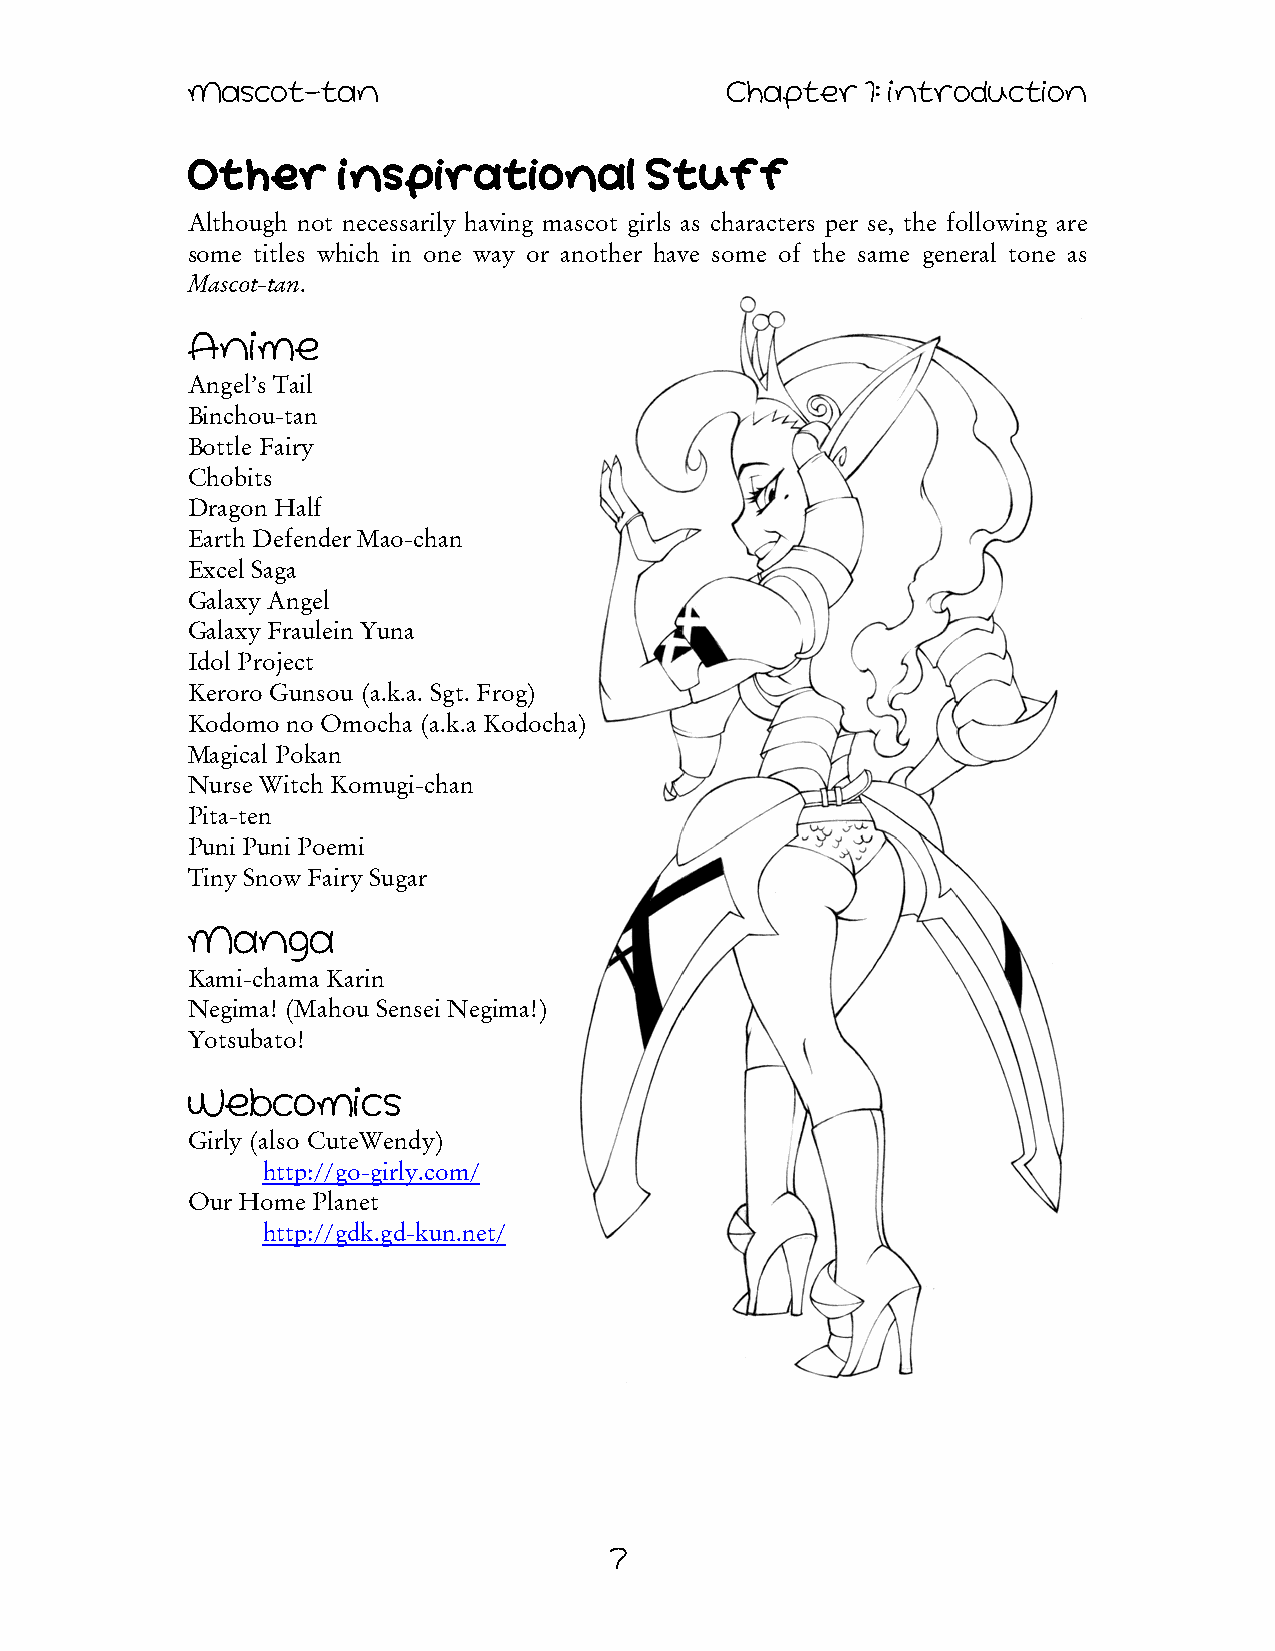
Mascot-tan                          Chapter  1: Introduction
 Other     Inspirational        Stuff
 Although not necessarily having mascot girls as characters per se, the following are
 some titles which in one way or another have some of the same general tone as
 Mascot-tan.
 Anime
 Angel’s Tail
 Binchou-tan
 Bottle Fairy
 Chobits
 Dragon Half
 Earth Defender Mao-chan
 Excel Saga
 Galaxy Angel
 Galaxy Fraulein Yuna
 Idol Project
 Keroro Gunsou (a.k.a. Sgt. Frog)
 Kodomo no Omocha (a.k.a Kodocha)
 Magical Pokan
 Nurse Witch Komugi-chan
 Pita-ten
 Puni Puni Poemi
 Tiny Snow Fairy Sugar
 Manga
 Kami-chama Karin
 Negima! (Mahou Sensei Negima!)
 Yotsubato!
 Webcomics
 Girly (also CuteWendy)
 http://go-girly.com/
 Our Home Planet
 http://gdk.gd-kun.net/
 7